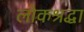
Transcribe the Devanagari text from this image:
लोकश्रद्धा